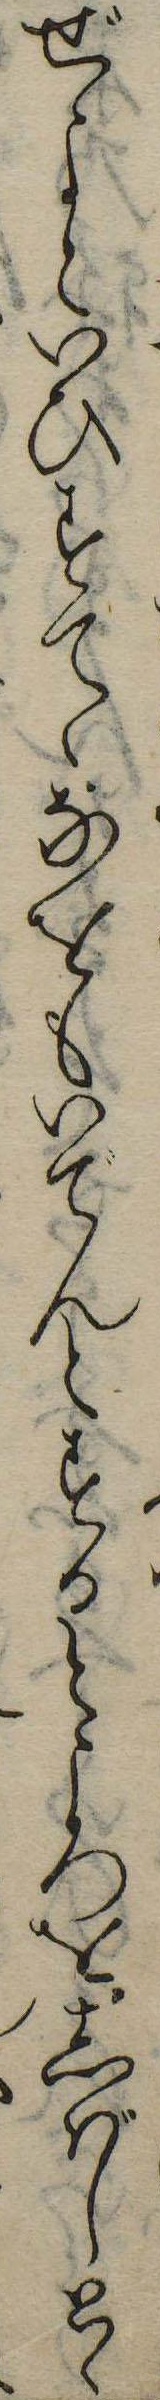
ぜよといひすてゝなをもいでんとするところをしばしとゝ